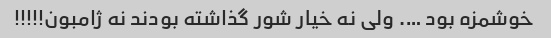
خوشمزه بود …. ولی نه خیار شور گذاشته بودند نه ژامبون!!!!!